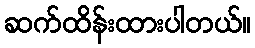
ဆက်ထိန်းထားပါတယ်။